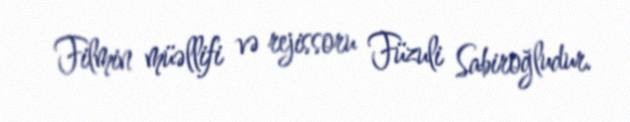
Filmin müəllifi və rejissoru Füzuli Sabiroğludur.